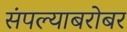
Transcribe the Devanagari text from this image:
संपल्याबरोबर